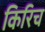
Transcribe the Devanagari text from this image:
किरिच